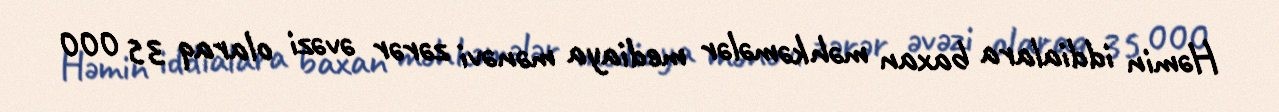
Həmin iddialara baxan məhkəmələr mediaya mənəvi zərər əvəzi olaraq 35 000